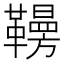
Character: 𩍗